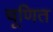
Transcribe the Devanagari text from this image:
चूणित